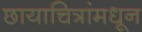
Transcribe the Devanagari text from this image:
छायाचित्रांमधून